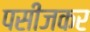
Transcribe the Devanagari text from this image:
पसीजकर